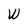
Character: W